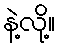
နဲ့လို့။